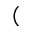
(